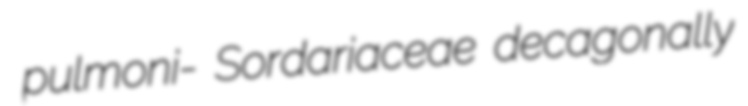
pulmoni- Sordariaceae decagonally